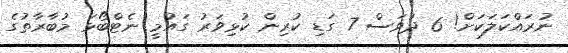
ނުރައްކަލަކަށް! 6 ދުވަސް 7 ގަޑި ކުރިން ކުޅިވަރު ގައުމީ ނެޓްބޯޅަ މުބާރާތުގެ